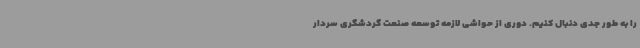
را به طور جدی دنبال کنیم. دوری از حواشی لازمه توسعه صنعت گردشگری سردار